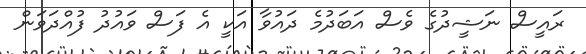
ރައީސް ނަޝީދުގެ ވެސް އަބަދުމެ ދައުވާ އަކީ އެ ފަސް ވައުދު ފުއްދަވަން